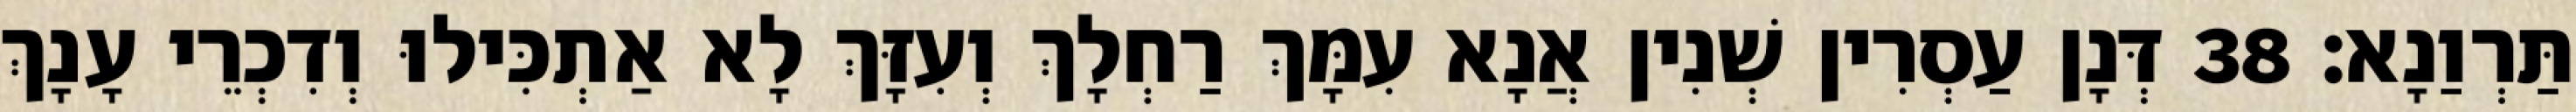
תַּרְוַנָא׃ 38 דְּנָן עַסְרִין שְׁנִין אֲנָא עִמָּךְ רַחְלָךְ וְעִזָּךְ לָא אַתְכִּילוּ וְדִכְרֵי עָנָךְ